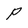
Character: P